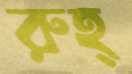
রুহ্